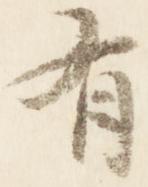
有